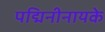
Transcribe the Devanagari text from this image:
पद्मिनीनायके